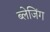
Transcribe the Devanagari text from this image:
ब्लेजिंग